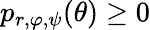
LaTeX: p_{r,\varphi,\psi}(\theta)\ge 0